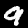
Digit: 9